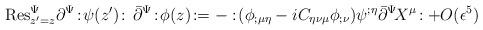
LaTeX: \begin{align*}{\rm Res}_{z^{\prime}=z}^{\Psi}\partial^{\Psi}\!:\!\psi(z^{\prime})\!:\,\bar{\partial}^{\Psi}\!:\!\phi(z)\!:=-:\!(\phi_{;\mu\eta}-iC_{\eta\nu\mu}\phi_{;\nu})\psi^{;\eta}\bar{\partial}^{\Psi}\! X^{\mu}\!:+O(\epsilon^5)\end{align*}